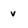
Character: v